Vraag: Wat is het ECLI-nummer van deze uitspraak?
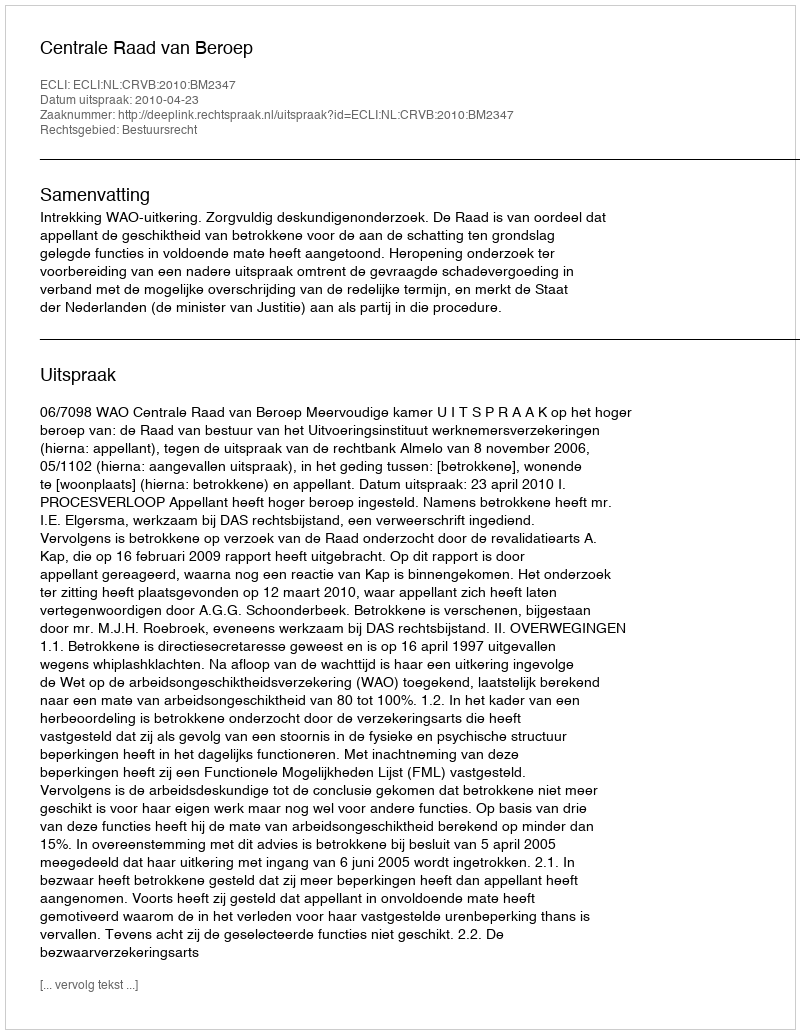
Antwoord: ECLI:NL:CRVB:2010:BM2347